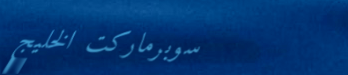
سوبرماركت الخليج